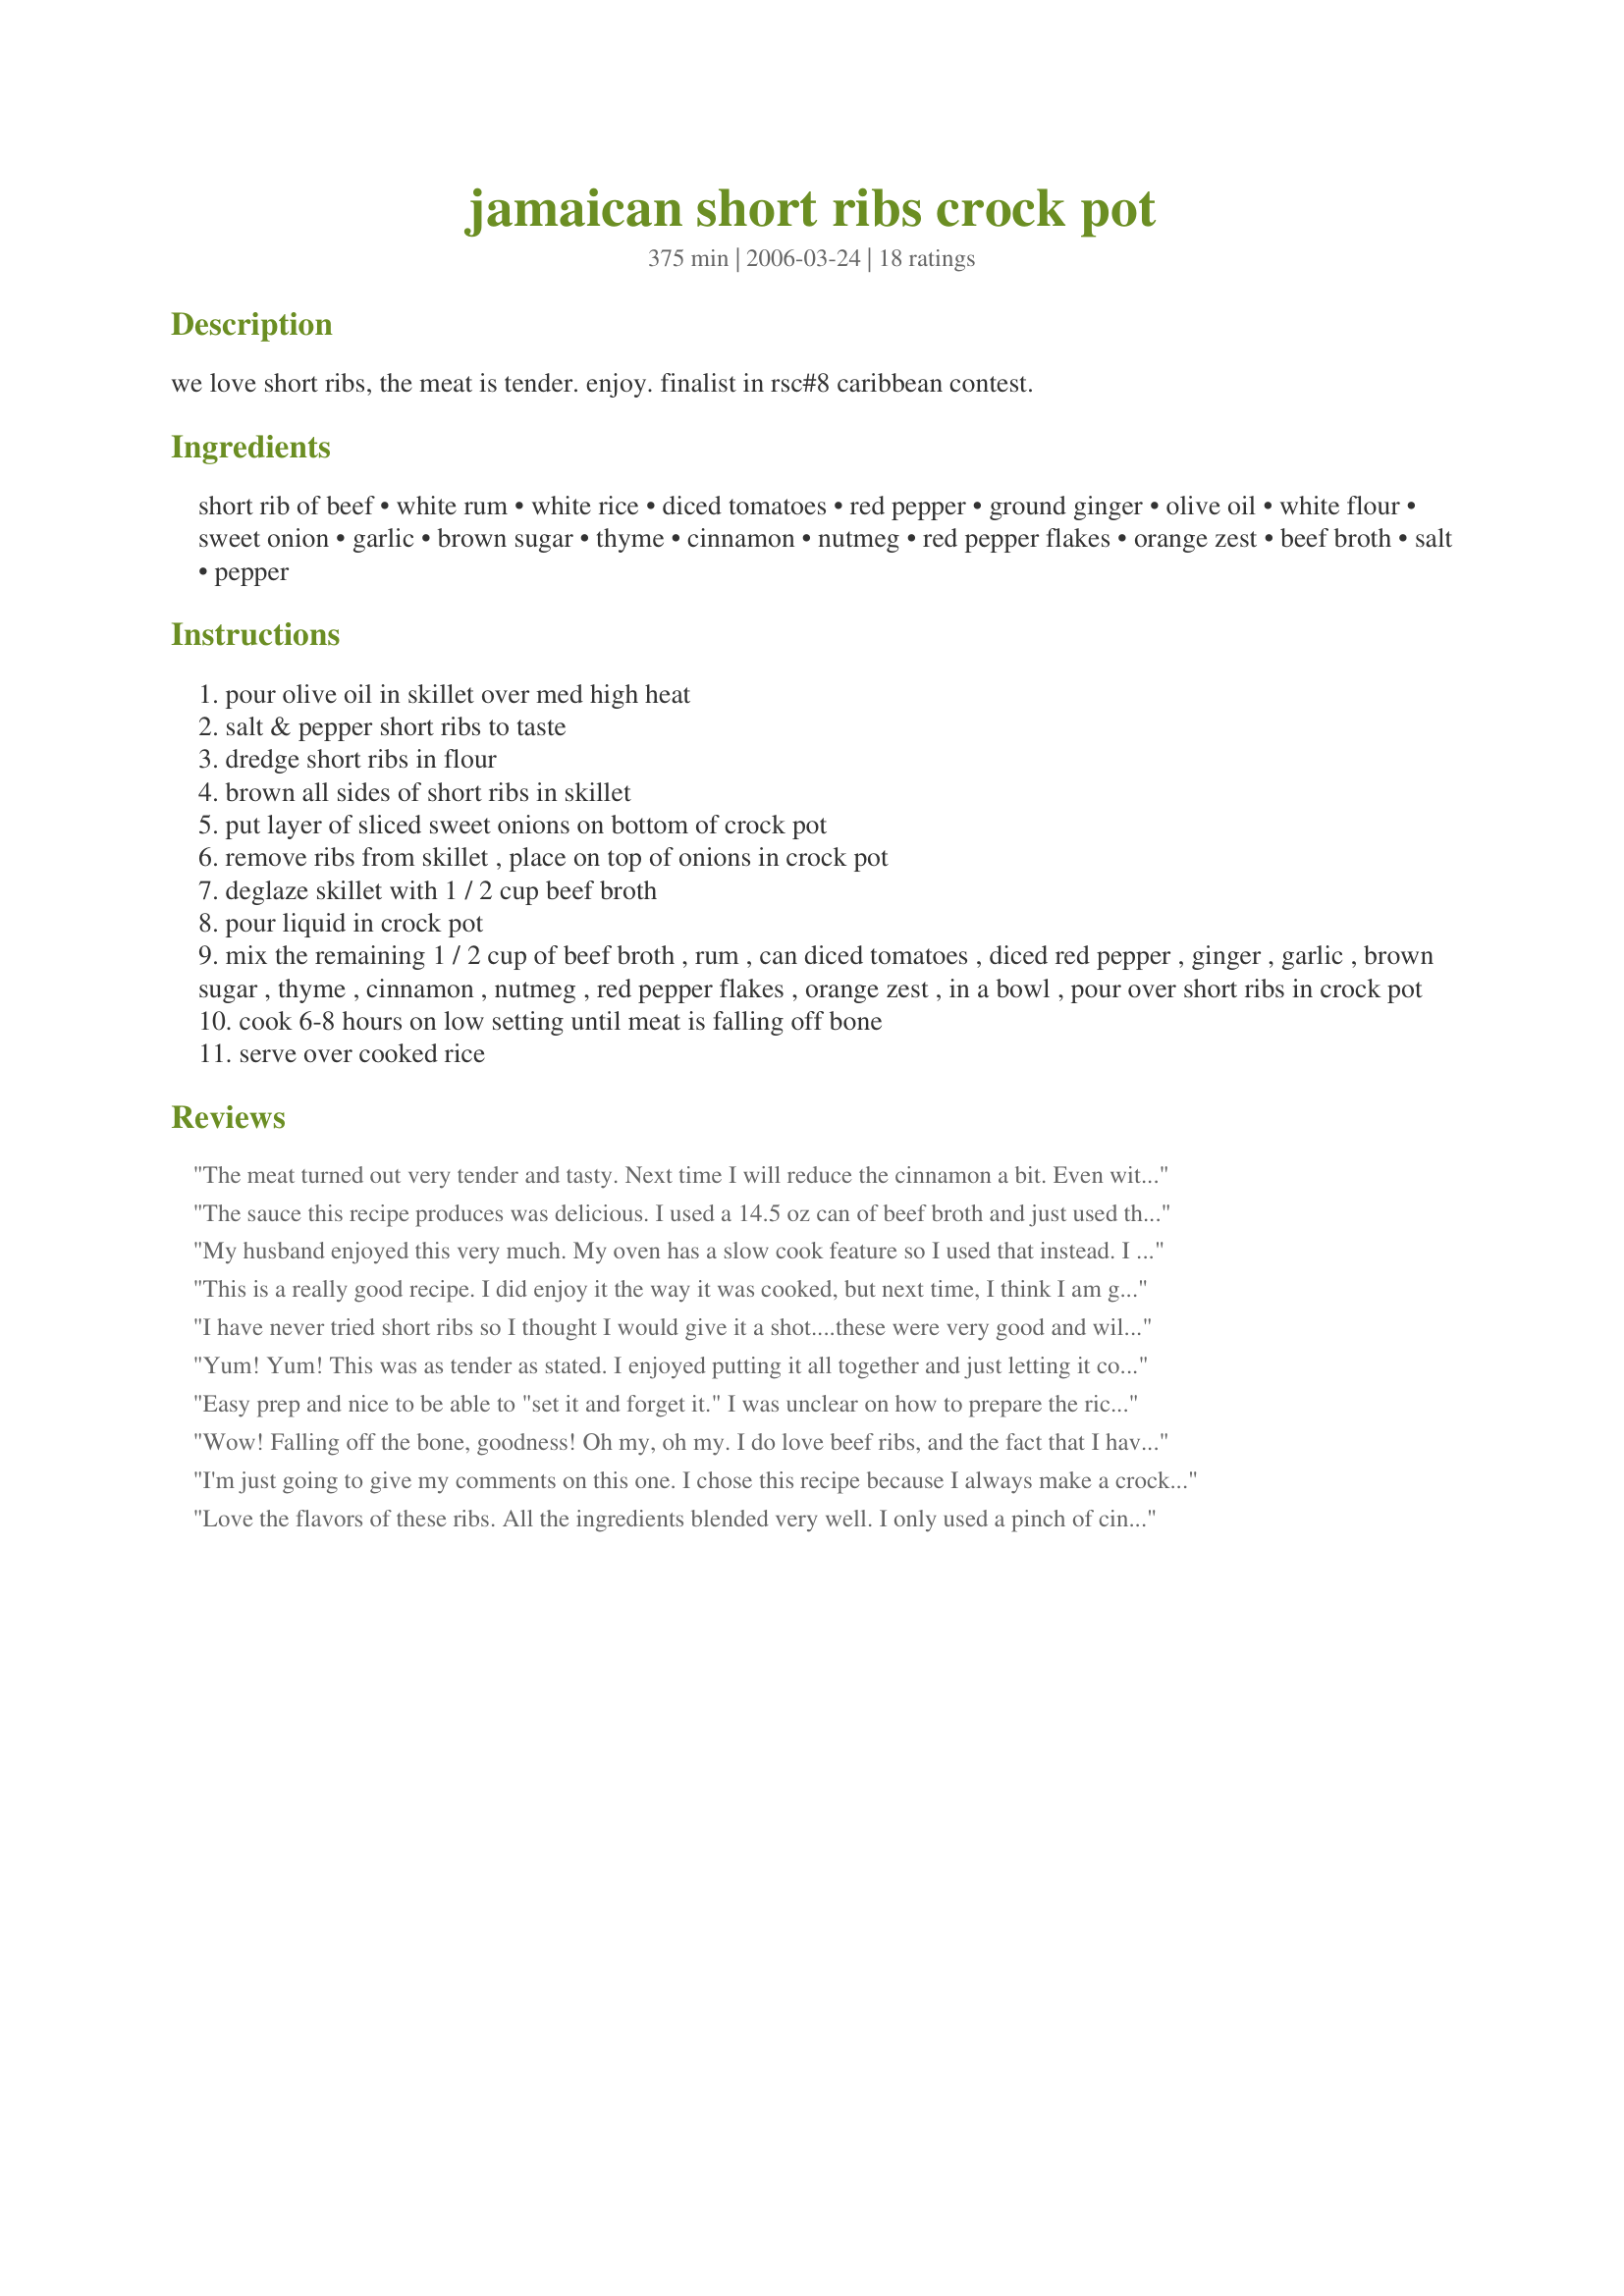
jamaican short ribs crock pot
Preparation time: 375 minutes

we love short ribs, the meat is tender. enjoy. finalist in rsc#8 caribbean contest.

Ingredients:
short rib of beef, white rum, white rice, diced tomatoes, red pepper, ground ginger, olive oil, white flour, sweet onion, garlic, brown sugar, thyme, cinnamon, nutmeg, red pepper flakes, orange zest, beef broth, salt, pepper

Steps:
pour olive oil in skillet over med high heat
salt & pepper short ribs to taste
dredge short ribs in flour
brown all sides of short ribs in skillet
put layer of sliced sweet onions on bottom of crock pot
remove ribs from skillet , place on top of onions in crock pot
deglaze skillet with 1 / 2 cup beef broth
pour liquid in crock pot
mix the remaining 1 / 2 cup of beef broth , rum , can diced tomatoes , diced red pepper , ginger , garlic , brown sugar , thyme , cinnamon , nutmeg , red pepper flakes , orange zest , in a bowl , pour over short ribs in crock pot
cook 6-8 hours on low setting until meat is falling off bone
serve over cooked rice

Reviews:
The meat turned out very tender and tasty. Next time I will reduce the cinnamon a bit. Even with just 1/8 tsp it was a predominant flavor, I thought. For the less experienced crockpot cook, it would be helpful to give the amount of time the rice will take in the crockpot. We apparently overestimated, and with all the liquid to absorb, it came out pretty gummy. I think next time I'll make the rice seperately and serve the ribs and broth over hot rice.
The sauce this recipe produces was delicious. I used a 14.5 oz can of beef broth and just used the whole can. I didn't care for the fattiness of the short ribs; would use a different cut of meat next time and add a few pieces of haberno peppers to give a little more zest for my spice addicted family. Great recipe. Thanks.
My husband enjoyed this very much. My oven has a slow cook feature so I used that instead. I added browning and all spice. In the end it tasted like a Jamaican oxtail recipe. Still very good. THe rum is a great addition.
This is a really good recipe. I did enjoy it the way it was cooked, but next time, I think I am going to cook the rice and serve the sause and ribs spooned over the rice. Just a personal preference. Thanks for the great recipe.

I have never tried short ribs so I thought I would give it a shot....these were very good and will definitely make them again.
Yum! Yum! This was as tender as stated. I enjoyed putting it all together and just letting it cook all day. The flavor was very nice.
Easy prep and nice to be able to "set it and forget it." I was unclear on how to prepare the rice, were you to add cooked rice? that's what I figured.

Wow! Falling off the bone, goodness!
Oh my, oh my. I do love beef ribs, and the fact that I have beef broth at the ready,
in my freezer, is an added bonus. I used fresh grated ginger, and fresh ground
pepper from the mill... Why not take advantage of fresh ingredients wherever possible, eh Chef? No salt.
Five Thumbs up for this one Chef... (got any more brilliance within that creative cranium
of yours?)

I'm just going to give my comments on this one. I chose this recipe because I always make a crockpot dinner on Tuesday as I am in school and away for the whole day. I treat my parents for supper because they watch my son while I am gone. I made these as directed and it was my first experience with short ribs. That's why I am not sure if I can accurately rate this. The meat was tender but it really lacked in flavour. I also found that the rice turned gummy while it cooked and should have bee cooked on the side not in the crockpot. When I served this to my parents, who eat almost everything, they did not care for it and neither did any of the members of my family. Given that, I would give this recipe only one star but because I am not sure if it was my inexperience with short ribs I am only adding my comments. Sorry.
Love the flavors of these ribs. All the ingredients blended very well. I only used a pinch of cinnamon and nutmeg. Also I used a green pepper which I added with one hour remaining in the cooking time. Also added 1 tbsp of cornstarch to thicken the sauce This recipe would be tasty with chicken pieces as well! I served the ribs with cooked rice. This one will be recipe we will make again, great job with this one Ed and Theresa!
This is wonderful!! Great smells all day, so easy, tender meat & yummy rice.
5+ not only does this taste great but it also is easy to prepare and when I got home from work...WOW for smells. DH almost missed dinner as I did niot want to wait. My son did the taste test and really loved the flavors.
I ncreased the anount of ribs to serve 3 people but the sauce was enough to cover and flavor everything. ZI did not have plantains on the side as they were not tempting at the storel.
Great recipe
I loved this recipe! A great blend of spices created a wonderful spicy, tender short rib dish. Good directions, easy to prepare. I used 1 teaspoon grated fresh ginger and 2 sprigs of fresh thyme. I love the orange zest!! I do not have a crockpot so cooked it in a covered casserole in a 300 degree oven for approximately 2+ hours, until ribs were very tender. Good luck Chef, a great recipe!
The flavour was lovely and it was a great meal to come home to after a day out. This made lots of sauce and we enjoyed that over cooked white rice. I drained the sauce into my pyrex jug and then placed the jug in the freezer to let the fat set on the top. Then I removed the fat and reheated the sauce in the microwave.
We has this for dinner tonight! This is really good. Next time I may add a bit more rice, but the meat was wonderful and the sauce was sweet tangy. My family really liked this
THanks for posting
 Simply put - delicious. The one thing that I did differently was to cook the rice separately and then pour the sauce and ribs over the rice when serving. I cooked the recipe for a full 8 hours on low and the meat was fall off the bone moist, tender and tasty There is a lot of sauce but it won't be wasted the extra will be frozen for future use. The order of the ingredients could be improved so they flow with the steps in the recipe but I am not going to take away a star for this - I enjoyed the recipe too much. Good luck in the contest.
Came across the recipe and just HAD to try it. The meat was amazing and fell off the bones as promised. I did have to make a substitution - I did not have canned tomatoes, so I used a pint of grape tomatoes sliced and it gave the sauce a wonderful fresh taste. The tomatoes kept their integrity very well. I also added a scotch bonnet that I pierced but left whole. That gave that little extra kick that to the dish that was wonderful!
Very good and easy and the spicy broth is great over rice but I have hoping the broth (but this may have been the fault of the short ribs I used) was a bit thicker. Great recipe! Good luck!
